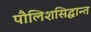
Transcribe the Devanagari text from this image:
पौलिशसिद्धान्त